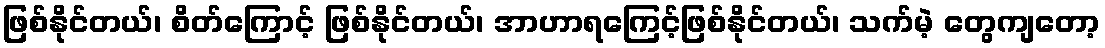
ဖြစ်နိုင်တယ်၊ စိတ်ကြောင့် ဖြစ်နိုင်တယ်၊ အာဟာရကြေင့်ဖြစ်နိုင်တယ်၊ သက်မဲ့ တွေကျတော့